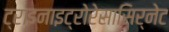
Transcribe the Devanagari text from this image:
ट्राइनाइट्रोरेसासिर्नेट